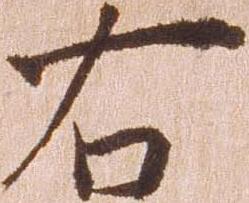
右